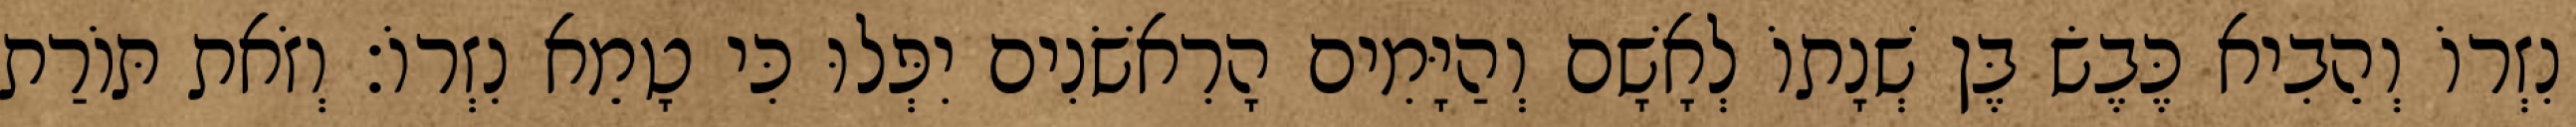
נִזְרוֹ וְהֵבִיא כֶּבֶשׂ בֶּן שְׁנָתוֹ לְאָשָׁם וְהַיָּמִים הָרִאשֹׁנִים יִפְּלוּ כִּי טָמֵא נִזְרוֹ׃ וְזֹאת תּוֹרַת